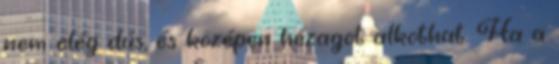
nem elég dús, és középen hézagot alkothat. Ha a